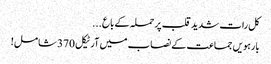
کل رات شدید قلب پرحملہ کے باع ...
بارہویں جماعت کے نصاب میں آرٹیکل 370 شامل!